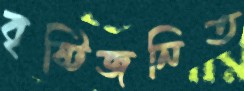
বৃষ্টিজনিত